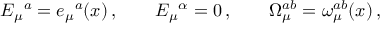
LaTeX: E _ { \mu } { } ^ { a } = e _ { \mu } { } ^ { a } ( x ) \, , \qquad E _ { \mu } { } ^ { \alpha } = 0 \, , \qquad \Omega _ { \mu } ^ { a b } = \omega _ { \mu } ^ { a b } ( x ) \, ,